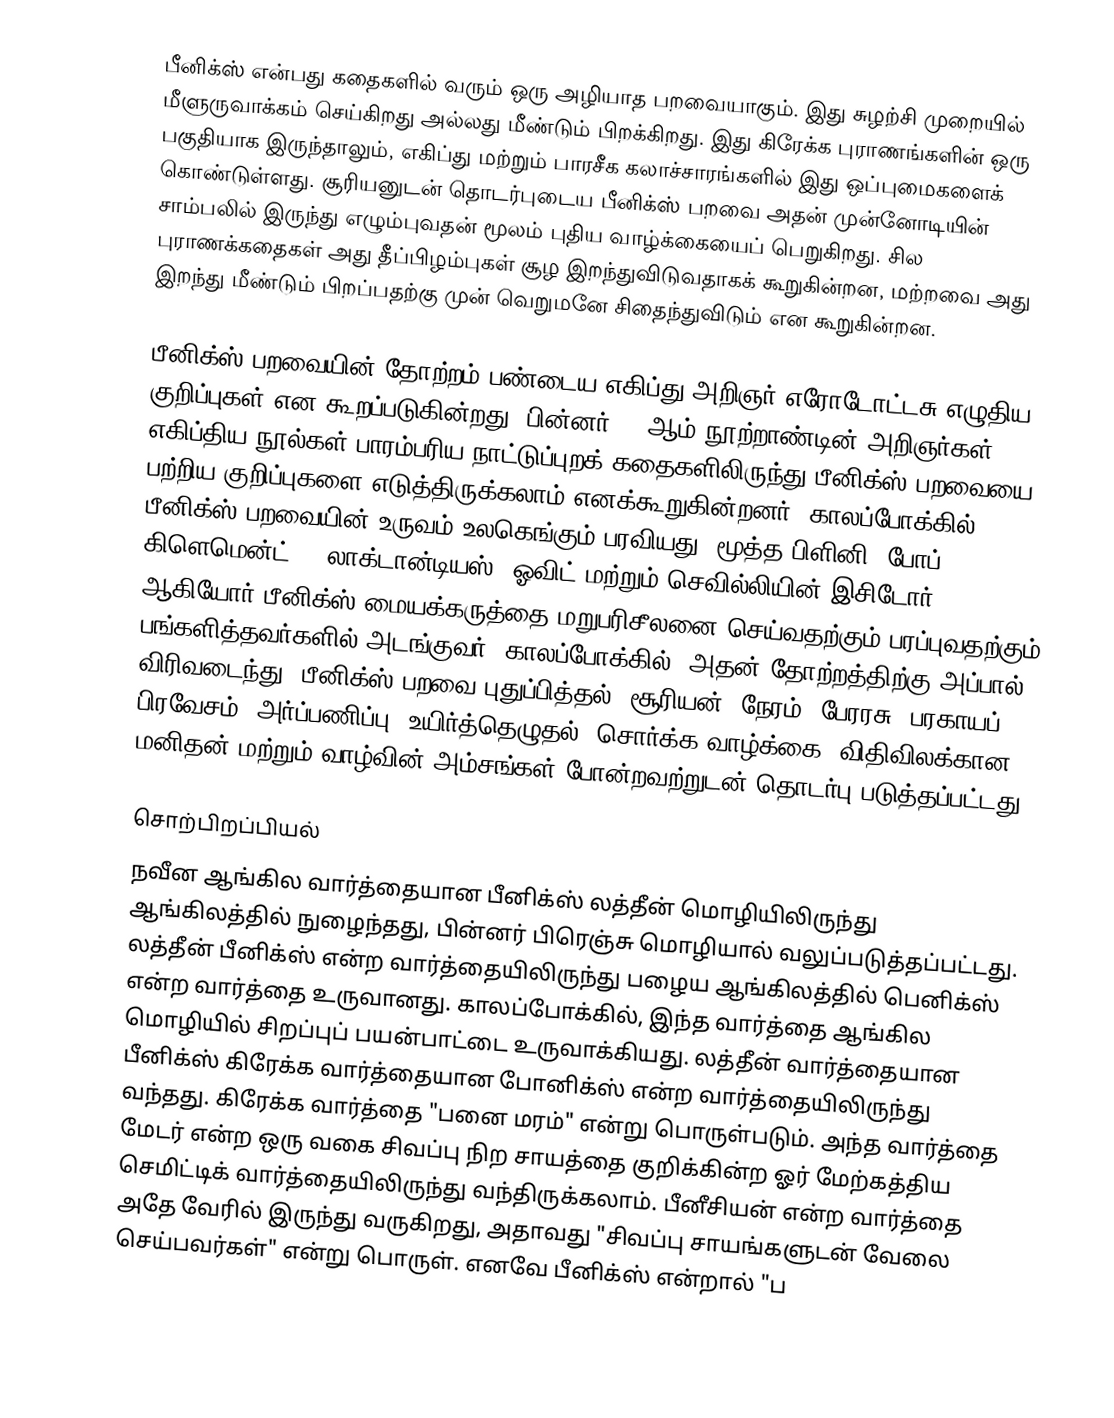
பீனிக்ஸ் என்பது கதைகளில் வரும் ஒரு அழியாத பறவையாகும். இது சுழற்சி முறையில் மீளுருவாக்கம் செய்கிறது அல்லது மீண்டும் பிறக்கிறது. இது கிரேக்க புராணங்களின் ஒரு பகுதியாக இருந்தாலும், எகிப்து மற்றும் பாரசீக கலாச்சாரங்களில் இது ஒப்புமைகளைக் கொண்டுள்ளது. சூரியனுடன் தொடர்புடைய பீனிக்ஸ் பறவை அதன் முன்னோடியின் சாம்பலில் இருந்து எழும்புவதன் மூலம் புதிய வாழ்க்கையைப் பெறுகிறது. சில புராணக்கதைகள் அது தீப்பிழம்புகள் சூழ  இறந்துவிடுவதாகக் கூறுகின்றன, மற்றவை அது இறந்து மீண்டும் பிறப்பதற்கு முன் வெறுமனே சிதைந்துவிடும் என கூறுகின்றன.

பீனிக்ஸ் பறவையின் தோற்றம் பண்டைய எகிப்து அறிஞர் எரோடோட்டசு எழுதிய குறிப்புகள் என கூறப்படுகின்றது. பின்னர் 19 ஆம் நூற்றாண்டின் அறிஞர்கள் எகிப்திய நூல்கள் பாரம்பரிய நாட்டுப்புறக் கதைகளிலிருந்து பீனிக்ஸ் பறவையை பற்றிய குறிப்புகளை எடுத்திருக்கலாம் எனக்கூறுகின்றனர். காலப்போக்கில் பீனிக்ஸ் பறவையின் உருவம் உலகெங்கும் பரவியது. மூத்த பிளினி, போப் கிளெமென்ட் I, லாக்டான்டியஸ், ஓவிட் மற்றும் செவில்லியின் இசிடோர் ஆகியோர் பீனிக்ஸ் மையக்கருத்தை மறுபரிசீலனை செய்வதற்கும் பரப்புவதற்கும் பங்களித்தவர்களில் அடங்குவர். காலப்போக்கில், அதன் தோற்றத்திற்கு அப்பால் விரிவடைந்து, பீனிக்ஸ் பறவை புதுப்பித்தல், சூரியன், நேரம், பேரரசு, பரகாயப் பிரவேசம், அர்ப்பணிப்பு, உயிர்த்தெழுதல், சொர்க்க வாழ்க்கை, விதிவிலக்கான மனிதன் மற்றும் வாழ்வின் அம்சங்கள் போன்றவற்றுடன் தொடர்பு படுத்தப்பட்டது.

சொற்பிறப்பியல்
நவீன ஆங்கில வார்த்தையான பீனிக்ஸ் லத்தீன் மொழியிலிருந்து ஆங்கிலத்தில் நுழைந்தது, பின்னர் பிரெஞ்சு மொழியால் வலுப்படுத்தப்பட்டது. லத்தீன் பீனிக்ஸ் என்ற வார்த்தையிலிருந்து  பழைய ஆங்கிலத்தில் பெனிக்ஸ் என்ற வார்த்தை உருவானது. காலப்போக்கில், இந்த வார்த்தை ஆங்கில மொழியில் சிறப்புப் பயன்பாட்டை உருவாக்கியது. லத்தீன் வார்த்தையான பீனிக்ஸ் கிரேக்க வார்த்தையான போனிக்ஸ் என்ற வார்த்தையிலிருந்து வந்தது. கிரேக்க வார்த்தை "பனை மரம்" என்று பொருள்படும். அந்த வார்த்தை மேடர் என்ற ஒரு வகை சிவப்பு நிற சாயத்தை குறிக்கின்ற ஓர் மேற்கத்திய செமிட்டிக் வார்த்தையிலிருந்து வந்திருக்கலாம். பீனீசியன் என்ற வார்த்தை அதே வேரில் இருந்து வருகிறது, அதாவது "சிவப்பு சாயங்களுடன் வேலை செய்பவர்கள்" என்று பொருள். எனவே பீனிக்ஸ் என்றால் "ப